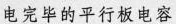
电完毕的平行板电容